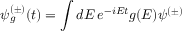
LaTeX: \psi _ { g } ^ { ( \pm ) } ( t ) = \int d E \, e ^ { - i E t } g ( E ) \psi ^ { ( \pm ) }